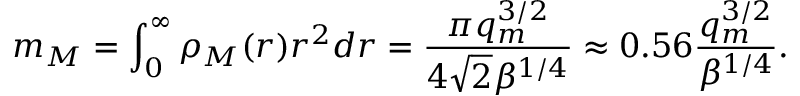
m _ { M } = \int _ { 0 } ^ { \infty } \rho _ { M } ( r ) r ^ { 2 } d r = \frac { \pi q _ { m } ^ { 3 / 2 } } { 4 \sqrt { 2 } \beta ^ { 1 / 4 } } \approx 0 . 5 6 \frac { q _ { m } ^ { 3 / 2 } } { \beta ^ { 1 / 4 } } .